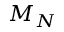
M _ { N }